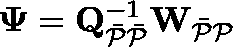
\mathbf { \Psi } = \mathbf { Q } _ { \mathcal { \Bar { P } \Bar { P } } } ^ { - 1 } \mathbf { W } _ { \mathcal { \Bar { P } P } }